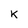
Character: k